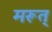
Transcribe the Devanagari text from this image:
मरूत्